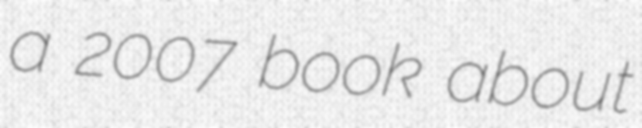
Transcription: a 2007 book about